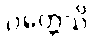
ဝတ္တေသိ